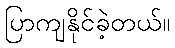
ပြာကျနိုင်ခဲ့တယ်။